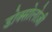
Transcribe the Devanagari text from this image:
डोक्सोलोज़ी